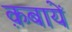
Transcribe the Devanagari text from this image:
क़बायें